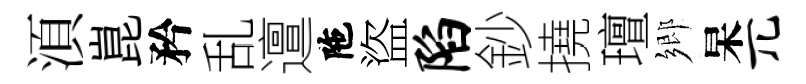
湏崑矜乱邅陁盜陷鈔撓璮鄉杲兀